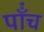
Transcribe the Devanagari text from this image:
पाँंच